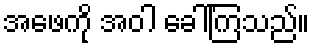
အဖေကို အဝါ ခေါ်ကြသည်။